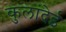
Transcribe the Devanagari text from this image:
कुलांदेई